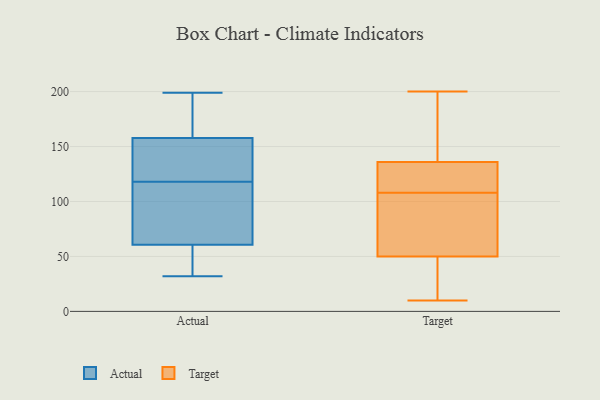
{"axis": {"x": "Humidity (%)", "y": "Value"}, "legend": ["Actual", "Target"], "data": [{"x": "", "y": 154, "type": "Actual"}, {"x": "", "y": 75, "type": "Actual"}, {"x": "", "y": 45, "type": "Actual"}, {"x": "", "y": 110, "type": "Actual"}, {"x": "", "y": 47, "type": "Actual"}, {"x": "", "y": 32, "type": "Actual"}, {"x": "", "y": 138, "type": "Actual"}, {"x": "", "y": 89, "type": "Actual"}, {"x": "", "y": 169, "type": "Actual"}, {"x": "", "y": 199, "type": "Actual"}, {"x": "", "y": 56, "type": "Actual"}, {"x": "", "y": 166, "type": "Actual"}, {"x": "", "y": 56, "type": "Actual"}, {"x": "", "y": 167, "type": "Actual"}, {"x": "", "y": 159, "type": "Actual"}, {"x": "", "y": 140, "type": "Actual"}, {"x": "", "y": 113, "type": "Actual"}, {"x": "", "y": 118, "type": "Actual"}, {"x": "", "y": 123, "type": "Actual"}, {"x": "", "y": 88, "type": "Target"}, {"x": "", "y": 108, "type": "Target"}, {"x": "", "y": 90, "type": "Target"}, {"x": "", "y": 50, "type": "Target"}, {"x": "", "y": 125, "type": "Target"}, {"x": "", "y": 192, "type": "Target"}, {"x": "", "y": 10, "type": "Target"}, {"x": "", "y": 14, "type": "Target"}, {"x": "", "y": 62, "type": "Target"}, {"x": "", "y": 111, "type": "Target"}, {"x": "", "y": 194, "type": "Target"}, {"x": "", "y": 112, "type": "Target"}, {"x": "", "y": 16, "type": "Target"}, {"x": "", "y": 119, "type": "Target"}, {"x": "", "y": 200, "type": "Target"}, {"x": "", "y": 169, "type": "Target"}, {"x": "", "y": 50, "type": "Target"}]}